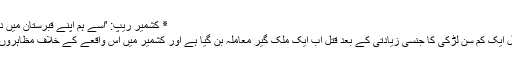
٭ کشمیر ریپ: 'اسے ہم اپنے قبرستان میں دفن بھی نہ کر سکے'
جموں میں تین ماہ قبل ایک کم سن لڑکی کا جنسی زیادتی کے بعد قتل اب ایک ملک گیر معاملہ بن گیا ہے اور کشمیر میں اس واقعے کے خلاف مظاہروں کا سلسلہ جاری ہے۔